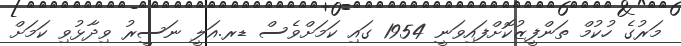
މަރުގެ ހުކުމް ތަންފީޒުކޮށްފައިވަނީ 1954 ގައި ކަމަށްވެސް ޑރ.އަލީ ނަސީރު ވިދާޅުވި ކަމަށް